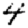
Digit: 4